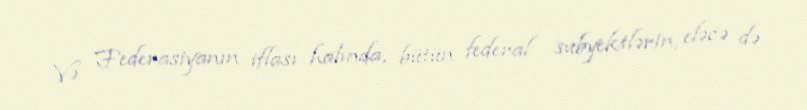
Və Federasiyanın iflası halında, bütün federal subyektlərin, eləcə də